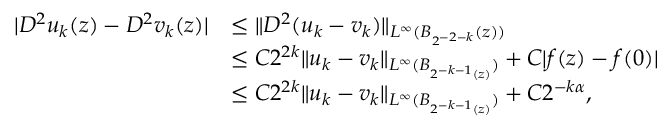
\begin{array} { r l } { | D ^ { 2 } u _ { k } ( z ) - D ^ { 2 } v _ { k } ( z ) | } & { \le \| D ^ { 2 } ( u _ { k } - v _ { k } ) \| _ { L ^ { \infty } ( B _ { 2 ^ { - 2 - k } } ( z ) ) } } \\ & { \le C 2 ^ { 2 k } \| u _ { k } - v _ { k } \| _ { L ^ { \infty } ( B _ { 2 ^ { - k - 1 } ( z ) } ) } + C | f ( z ) - f ( 0 ) | } \\ & { \le C 2 ^ { 2 k } \| u _ { k } - v _ { k } \| _ { L ^ { \infty } ( B _ { 2 ^ { - k - 1 } ( z ) } ) } + C 2 ^ { - k \alpha } , } \end{array}